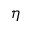
\eta